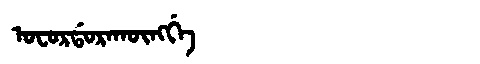
Manchu: ᠣᠸᠣᡵᡩᠣᡵᠠᡴᡡᠩᡤᡝ
Romanization: OFORDORAKŪNGGE